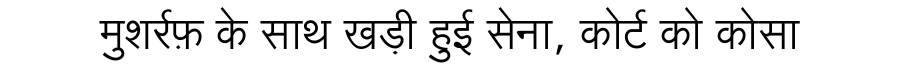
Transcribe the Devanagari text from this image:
मुशर्रफ़ के साथ खड़ी हुई सेना, कोर्ट को कोसा